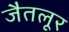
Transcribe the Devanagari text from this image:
जैतलूर